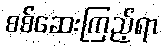
စစ်ဆေးကြည့်ရာ